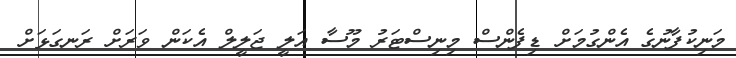
މަނިކުފާނުގެ އެންގުމަށް ޑިފެންސް މިނިސްޓަރު މޫސާ އަލީ ޖަލީލް އެކަން ވަރަށް ރަނގަޅަށް